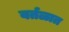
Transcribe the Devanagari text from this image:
वर्तळात